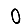
Digit: 0